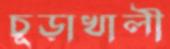
চূড়াখালী